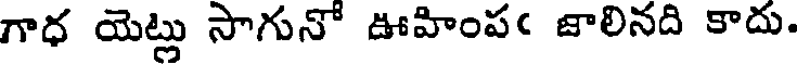
గాధ యెట్లు సాగునో ఊహింపఁ జాలినది కాదు.